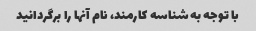
با توجه به شناسه کارمند، نام آنها را برگردانید